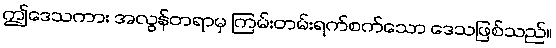
ဤဒေသကား အလွန်တရာမှ ကြမ်းတမ်းရက်စက်သော ဒေသဖြစ်သည်။